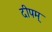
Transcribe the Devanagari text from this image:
दीपम्‌